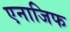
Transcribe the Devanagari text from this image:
एनाजिफ